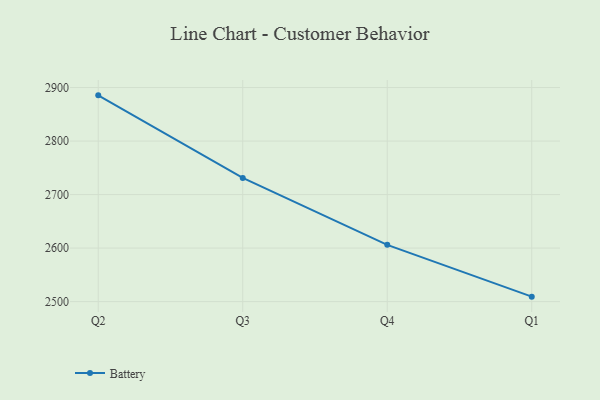
{"axis": {"x": "Quarter", "y": "Bounce Rate (%)"}, "legend": ["Battery"], "data": [{"x": "Q2", "y": 2885.4, "type": "Battery"}, {"x": "Q3", "y": 2731.2, "type": "Battery"}, {"x": "Q4", "y": 2606.1, "type": "Battery"}, {"x": "Q1", "y": 2509.3, "type": "Battery"}]}